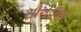
સોખડાના